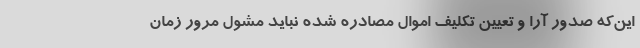
این‌که صدور آرا و تعیین تکلیف اموال مصادره شده نباید مشول مرور زمان